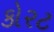
કોરટ